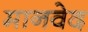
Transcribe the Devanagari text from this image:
मानवेद